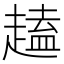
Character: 𫎽